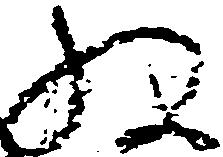
ね